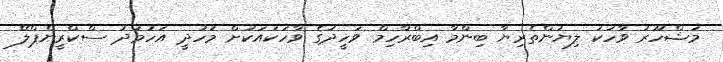
މަޝްހޫރު ވާހަކަ ލިޔުންތެރިޔާ ބިންމާ އިބްރާހިމް ވަހީދުގެ ވާހަކައަކަށް މަހުދީ އަހުމަދު ސްކްރީންޕްލޭ